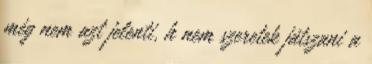
még nem azt jelenti, h nem szeretek játszani a